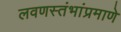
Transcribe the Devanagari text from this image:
लवणस्तंभांप्रमाणे